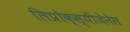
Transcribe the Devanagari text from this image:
लिप्रोक्स्यीजेनेस